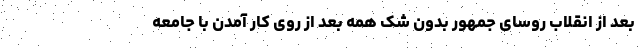
بعد از انقلاب روسای جمهور بدون شک همه بعد از روی کار آمدن با جامعه